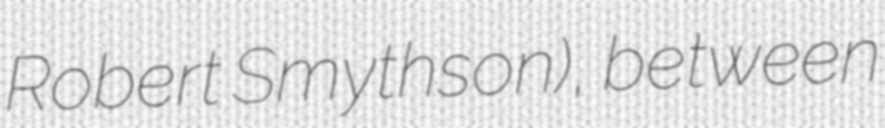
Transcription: Robert Smythson), between